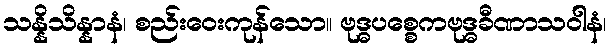
သန္နိသိန္နာနံ၊ စည်းဝေးကုန်သော။ ဗုဒ္ဓပစ္စေကဗုဒ္ဓခီဏာသဝါနံ၊